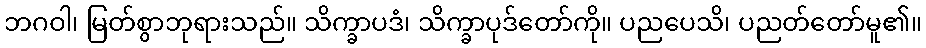
ဘဂဝါ၊ မြတ်စွာဘုရားသည်။ သိက္ခာပဒံ၊ သိက္ခာပုဒ်တော်ကို။ ပညပေသိ၊ ပညတ်တော်မူ၏။